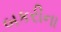
બકરીના